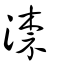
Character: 渿